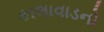
કાલાવાડનો